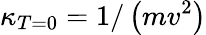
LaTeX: \kappa_{T=0}=1/\left(mv^{2}\right)